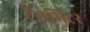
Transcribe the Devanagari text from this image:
ट्रैंसमिटर